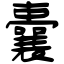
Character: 囊